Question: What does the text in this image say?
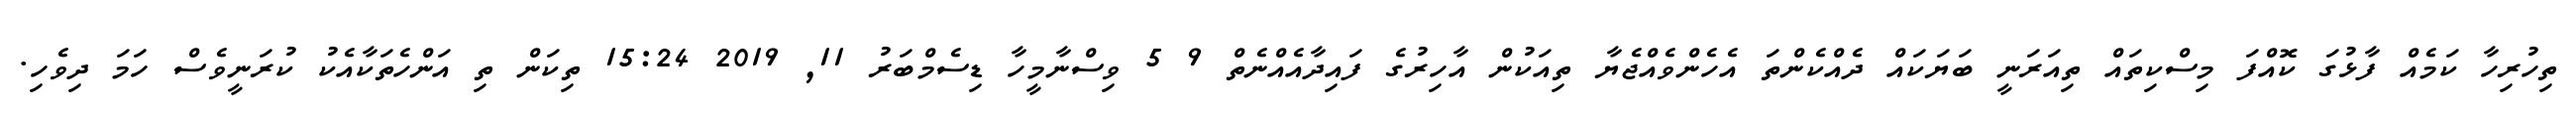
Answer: ތިހުރިހާ ކަމެއް ފާޅުގަ ކޮއްފަ މިސްކިތައް ތިއަރަނީ ބަޔަކައް ދެއްކެންތަ އެހެންވެއްޖެޔާ ތިއަކުން އާހިރުގެ ފައިދާއެއްނެތް 9 5 ވިސްނާމީހާ ޑިސެމްބަރު 11, 2019 15:24 ތިކަން ތި އަންހެތަކާއެކު ކުރަނީވެސް ހަމަ ދިވެހި.